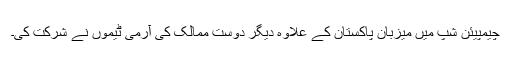
چیمپیئن شپ میں میزبان پاکستان کے علاوہ دیگر دوست ممالک کی آرمی ٹیموں نے شرکت کی۔